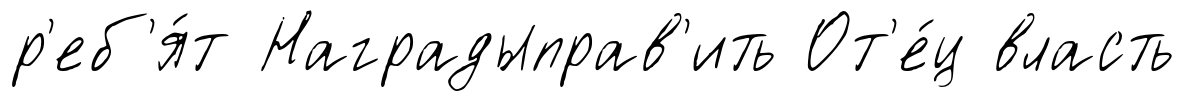
р'еб'я́т Наградыправ'ить От'е́ц власть